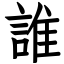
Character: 誰